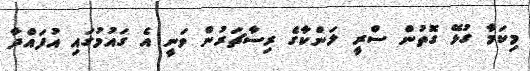
މިކަމާ ގުޅޭ ގޮތުން ސްރީ ލަންކާގެ ރިސާޗަރުން ވަނީ އެ ގައުމުގައި އުފައްދާ